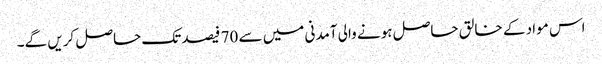
اس مواد کے خالق حاصل ہونے والی آمدنی میں سے 70 فیصد تک حاصل کریں گے۔